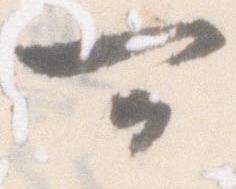
可